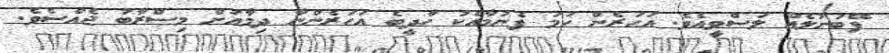
ފޭބުނުލެއް ލަސްވީއެވެ. އަހަރެން ހަމަ ފެނުމާއެކު ހާދީބެ އަހަރެންނާ ދިމާއަށް މިސްރާބު ޖެއްސެވެ.